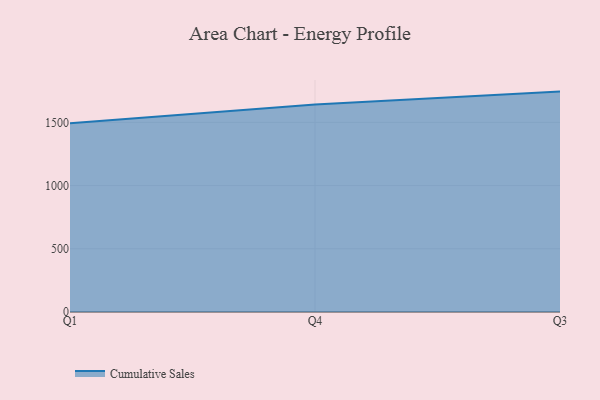
{"axis": {"x": "Quarter", "y": "Active Users"}, "legend": ["Cumulative Sales"], "data": [{"x": "Q1", "y": 1493.1, "type": "Cumulative Sales"}, {"x": "Q4", "y": 1641.2, "type": "Cumulative Sales"}, {"x": "Q3", "y": 1743.2, "type": "Cumulative Sales"}]}